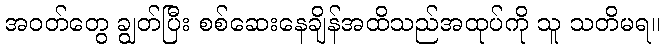
အဝတ်တွေ ချွတ်ပြီး စစ်ဆေးနေချိန်အထိသည်အထုပ်ကို သူ သတိမရ။